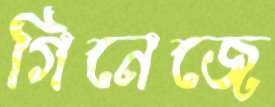
গিনেজে